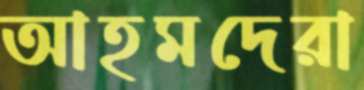
আহমদেরা